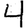
Digit: 4